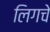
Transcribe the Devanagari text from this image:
लिगचे